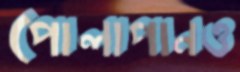
পোলাপানও